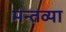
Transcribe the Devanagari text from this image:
मन्तव्या